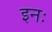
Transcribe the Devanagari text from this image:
इनः